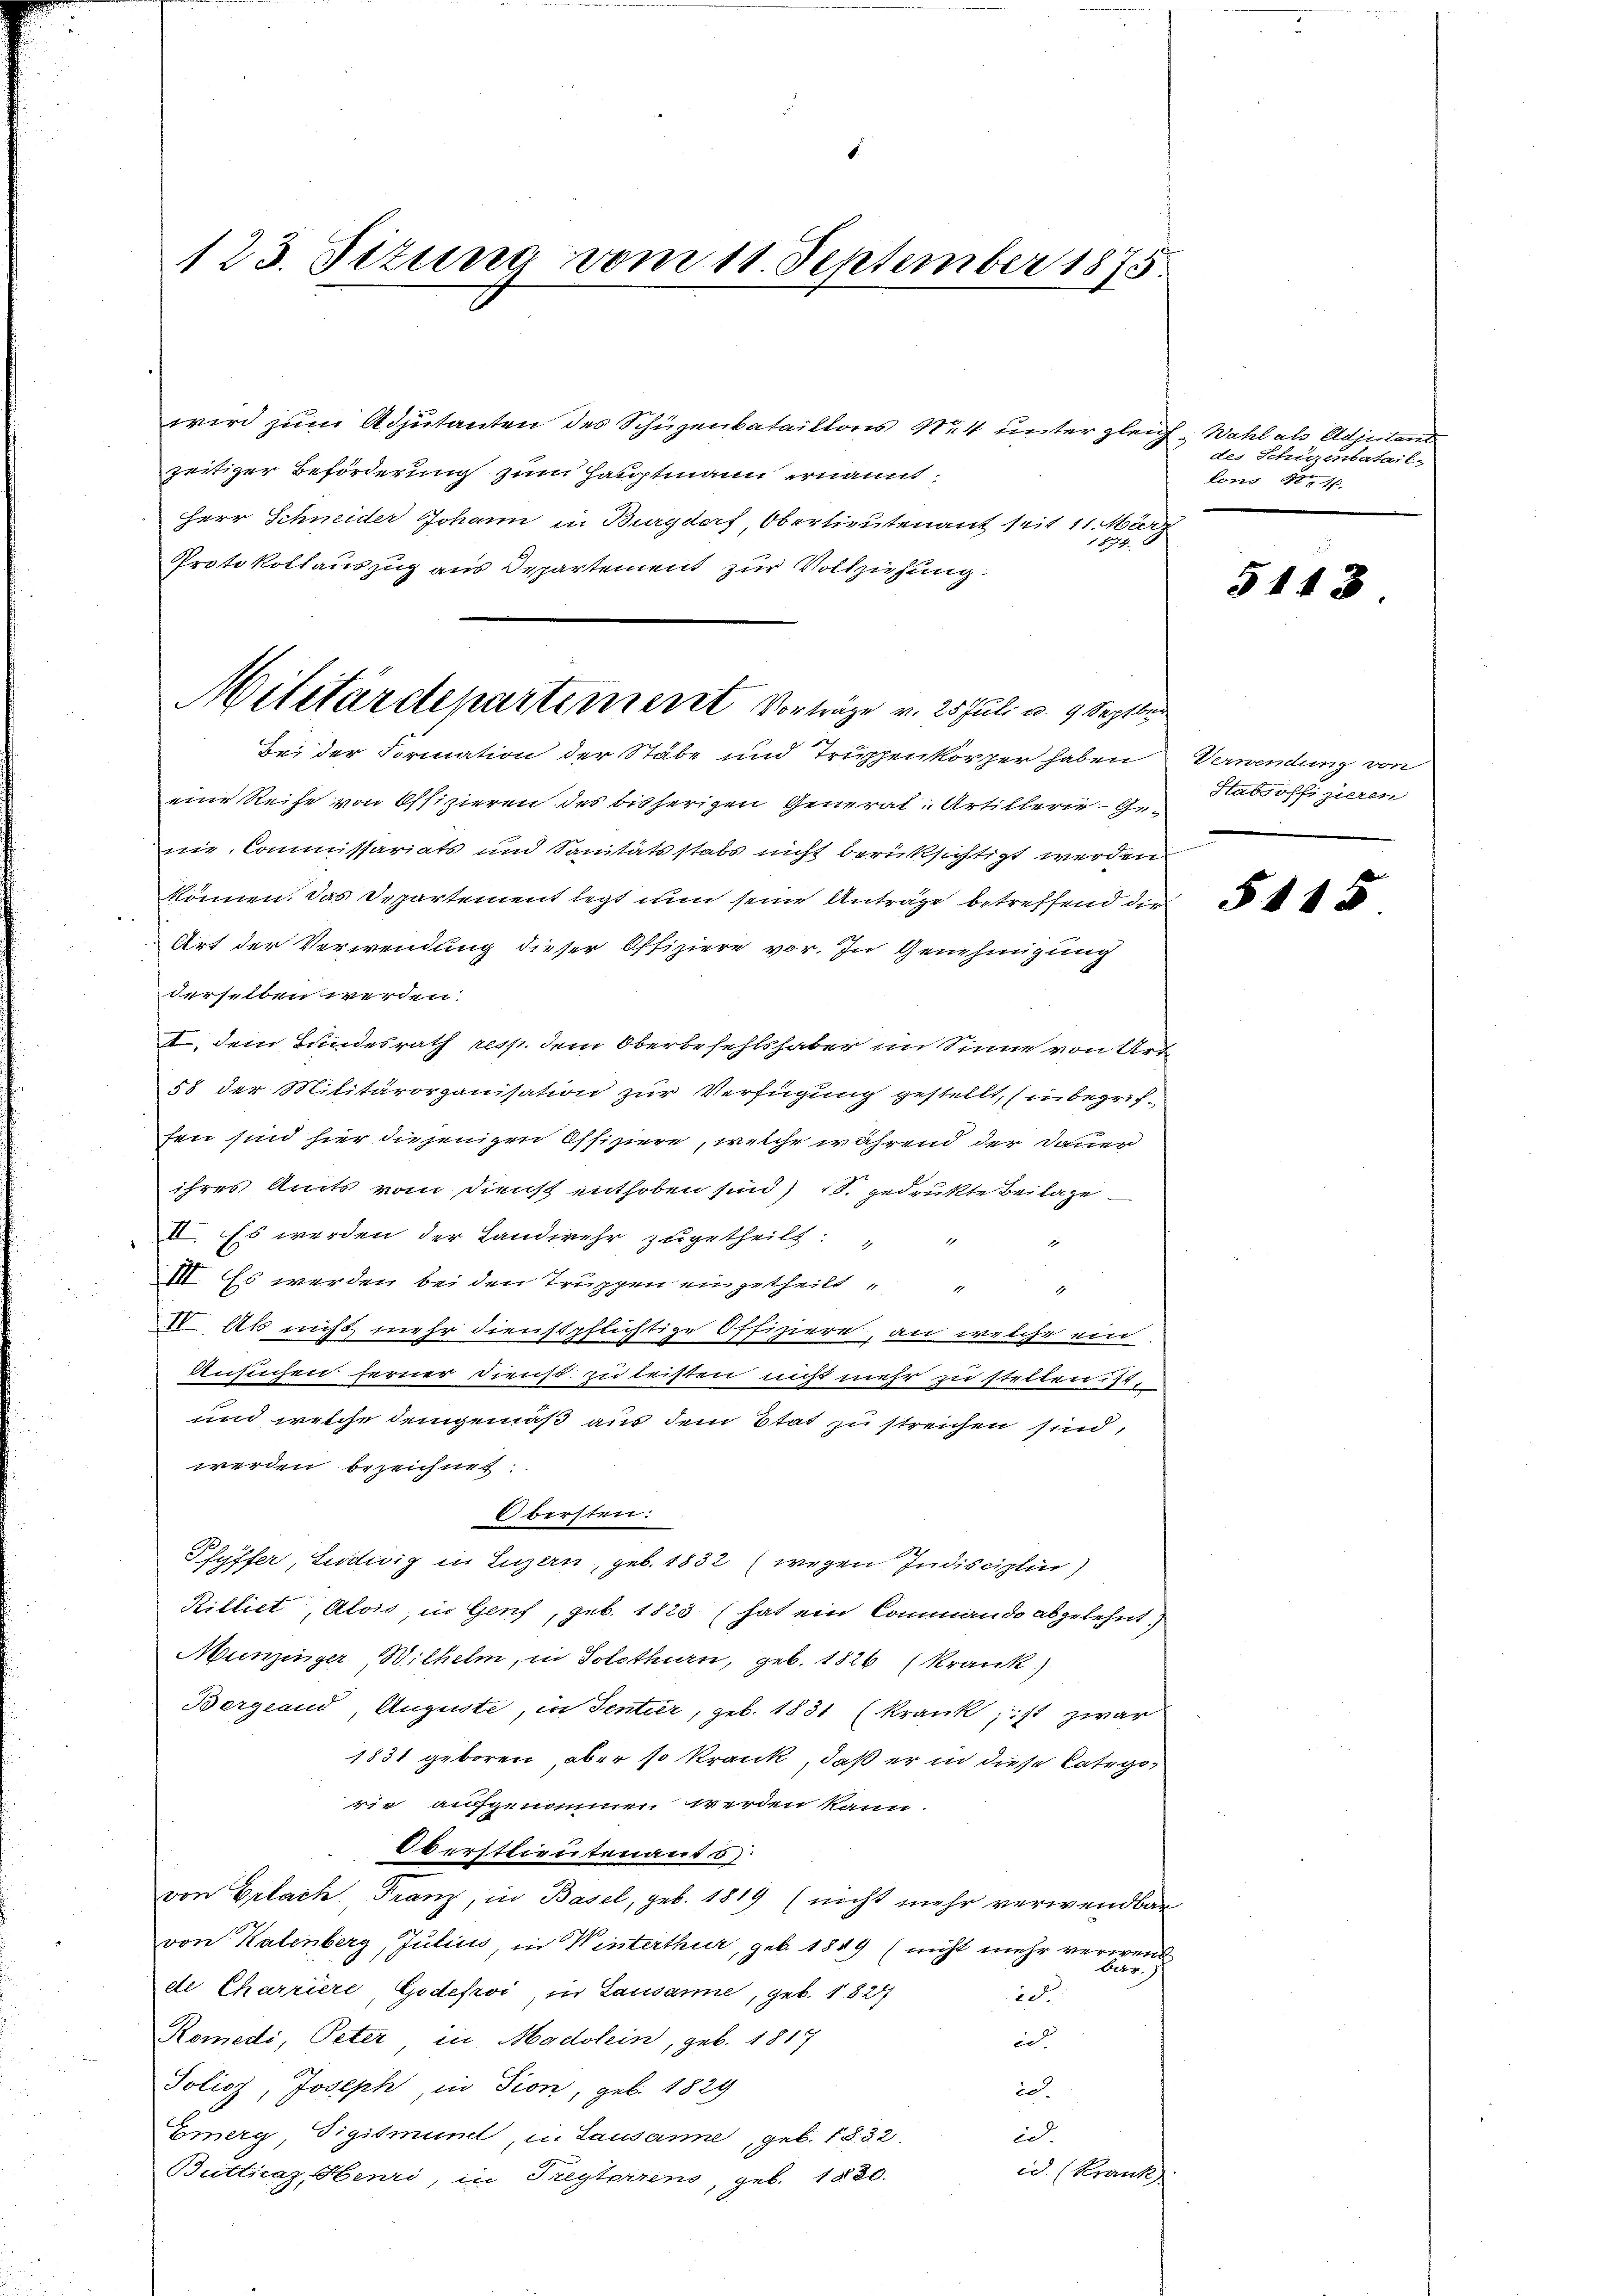
123. Sizung vom 11. September 1875

wird zum Adjutanten des Schüzenbataillons Not unter glei
zeitiger Beförderung zum Hauptmann ernannt,
Herr Schneider Johann in Burgdorf, Oberlieutenant seit 11 Mon
.
Protokollauszug aus Departement zur Vollziehung.
Bei der Formation der Stabe und Truppen körper haben
eine Reihe von Offizieren des bisherigen General-Artillerie-Ge-
nie Commissariats und Sanitätsstabs nicht berüksichtigt werden
können. Das Departement legt nun seine Anträge betreffend die
Art der Verwendung dieser Offiziere vor. In Genehmigung
derselben werden.
I. dem Bundesrath resp. dem Oberbefehlshaber im Sinne von Ur
58 der Militärorganisation zur Verfügung gestellt, (in begriffen sind hier diejenigen Offiziere, welche während der Dauer
ihres Amts vom Dienst enthoben sind) S. gedrukte Beilage
II. Es werden der Landwehr zugetheilt: " "
III. Es werden bei den Truppen eingetheilt
2
II. Als nicht mehr dienstpflichtige Offiziere, an welche ein
Ansuchen ferner Dienst zu leisten nicht mehr zu stellen: 1.
und welche demgemäß aus dem Etat zu streichen sind,
werden bezeichnet.
Übersten:
Pfyffer, Ludwig in Luzern, geb. 1832 (wegen Indisciplin)
Killiet, Alois in Genf, geb. 1823 (hat ein Commando abgelehnt
Munzinger Wilhelm, in Solothurn, geb. 1826 (Krank.)
Bergrand Auguste, in Sentier, geb. 1831 (Krank, ist zwar
1831 geboren, aber so krank, daß er in diese Kategorie aufgenommen werden kann.
Oberstlieutenants
von Erlach. Franz, in Basel, geb. 1819 (nicht mehr verwendba
von Kalenberg, Julius, in Winterthur, geb. 1889 (nicht mehr verwen¬
Beg
de Charriere, Godefoi, in Lausanne, geb. 1824
28.
Romedi, Peter in Madolein, geb. 1817
id
Jolioz, Joseph, in Fion, geb. 1829
id.
Emerg Tigismun, u. Lausanne, geb. 1832.
ed.
id. (Krank
Butticaz, Henri, in Tresterrens, geb. 1830.

Militärdepartement Vorträge v. 25 Juli v. 9. Septbr

ich Wahl als Adjutand
des Schüzenbatail-
lons 92. 16.
7

5143.

Verwendung von
Stabsoffizieren

5115